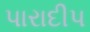
પારાદીપ